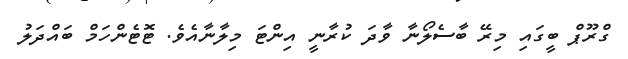
ގްރޫޕް ބީގައި މިރޭ ބާސެލޯނާ ވާދަ ކުރާނީ އިންޓަ މިލާނާއެވެ. ޓޮޓެންހަމް ބައްދަލު